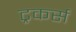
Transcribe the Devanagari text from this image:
ट्रकर्स